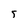
Character: 5